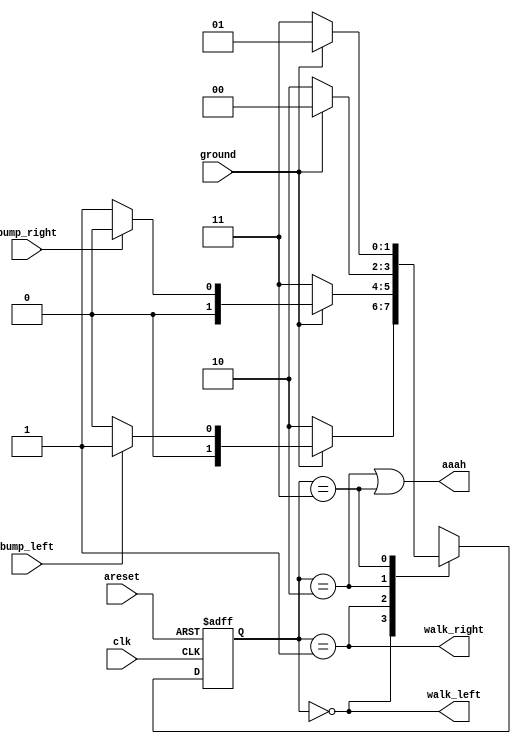
module top_module(
    input clk,
    input areset,    // Freshly brainwashed Lemmings walk left.
    input bump_left,
    input bump_right,
    input ground,
    output walk_left,
    output walk_right,
    output aaah ); 
    parameter [1:0] left = 0, right = 1, fall_l = 2, fall_r = 3;
    reg [1:0] state, next_state;

    always @(*) begin
        case(state)
            left : begin
                if (!ground) next_state = fall_l;
                else if (bump_left) next_state = right;
                else next_state = left;
            end
            right : begin
                if (!ground) next_state = fall_r;
                else if (bump_right) next_state = left;
                else next_state = right;
            end
            fall_l : next_state = ground ? left : fall_l;
            fall_r : next_state = ground ? right : fall_r;
        endcase
    end

    always @(posedge clk, posedge areset) begin
        if (areset) state <= left;
        else state <= next_state;
    end

    assign walk_left = (state == left);
    assign walk_right = (state == right);
    assign aaah = (state == fall_l) | (state == fall_r);
endmodule